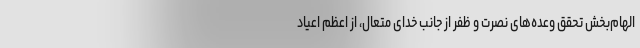
الهام‌بخش تحقق وعده‌های نصرت و ظفر از جانب خدای متعال، از اعظم اعیاد